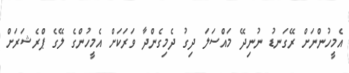
އެމީހުންނަށް ރޭގަނޑު ނުނިދޭ މައްސަލަ ދިގު ދެމިގެންދާ ވަރަކަށް އެމީހުންގެ ލޭގެ ޕްރެޝަރަށް